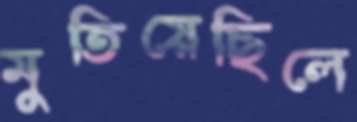
মুতিয়েছিলে